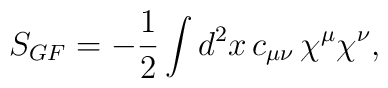
S_{GF}=-{1\over 2}\int d^2x\,c_{\mu\nu}\, \chi^\mu\chi^\nu,